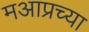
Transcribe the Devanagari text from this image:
मआप्रच्या